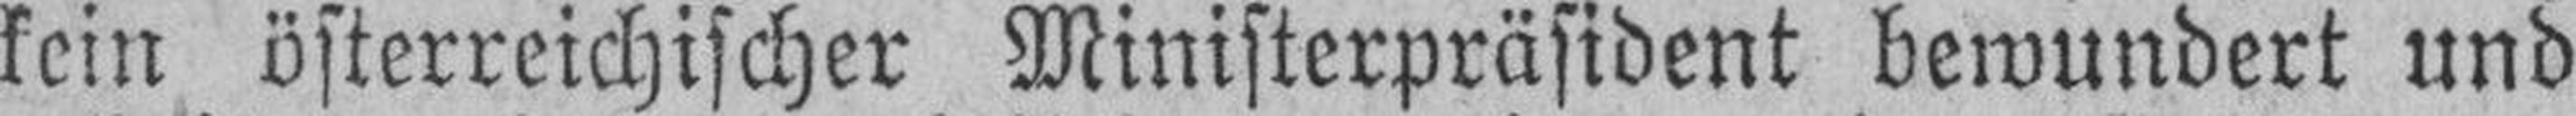
kein österreichischer Ministerpräsident bewundert und